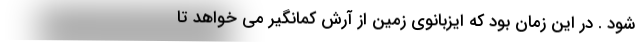
شود . در این زمان بود که ایزبانوی زمین از آرش کمانگیر می خواهد تا